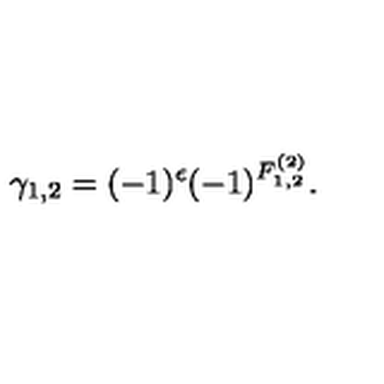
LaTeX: \gamma _ { 1 , 2 } = ( - 1 ) ^ { \epsilon } ( - 1 ) ^ { F _ { 1 , 2 } ^ { ( 2 ) } } .